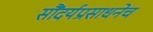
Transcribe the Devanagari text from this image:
सौंदर्यप्रसाधनेच